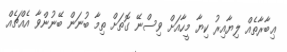
ޢިބާރާތެއް ލިޔާއިރު ކިޔާ މީހާއަށް ވިސްނޭ ގޮތަށް ތިމާ ބުނަން ބޭނުންވާ އެއްޗެއް